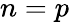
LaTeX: n=p